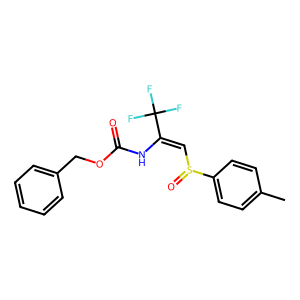
SMILES: Cc1ccc(S(=O)C=C(NC(=O)OCc2ccccc2)C(F)(F)F)cc1
Inhibits HIV replication: No